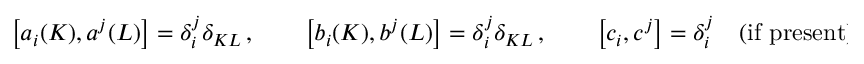
\left[ a _ { i } ( K ) , a ^ { j } ( L ) \right] = \delta _ { i } ^ { j } \delta _ { K L } \, , \qquad \left[ b _ { i } ( K ) , b ^ { j } ( L ) \right] = \delta _ { i } ^ { j } \delta _ { K L } \, , \qquad \left[ c _ { i } , c ^ { j } \right] = \delta _ { i } ^ { j } \quad \mathrm { ( i f ~ p r e s e n t ) } \, ,